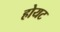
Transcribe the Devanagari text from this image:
होयट